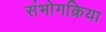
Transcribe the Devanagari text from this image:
संभोगक्रिया